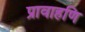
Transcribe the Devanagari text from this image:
प्रावाहणि